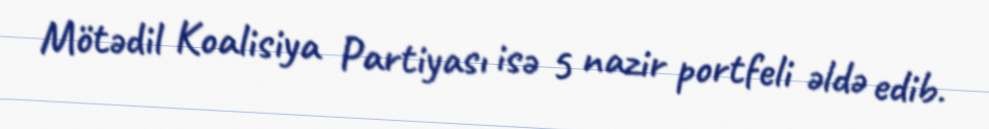
Mötədil Koalisiya Partiyası isə 5 nazir portfeli əldə edib.